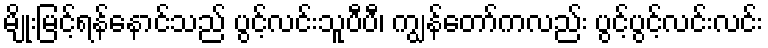
မျိုးမြင့်ရန်နောင်သည် ပွင့်လင်းသူပီပီ၊ ကျွန်တော်ကလည်း ပွင့်ပွင့်လင်းလင်း